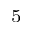
_ 5